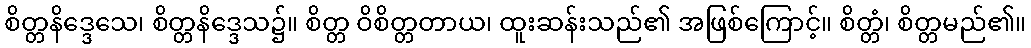
စိတ္တနိဒ္ဒေသေ၊ စိတ္တနိဒ္ဒေသ၌။ စိတ္တ ဝိစိတ္တတာယ၊ ထူးဆန်းသည်၏ အဖြစ်ကြောင့်။ စိတ္တံ၊ စိတ္တမည်၏။